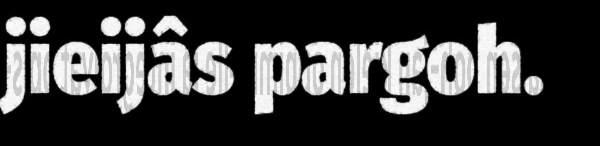
jieijâs pargoh.